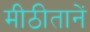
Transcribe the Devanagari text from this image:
मीठीतानें